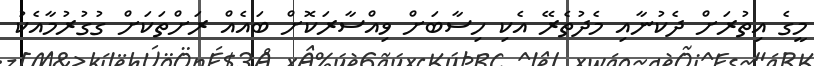
މީގެ އިތުރަށް ދެކުނާއި މެދުތެރޭ އެކި ހިސާބަަށް ވިއްސާރަކޮށް ބައެއް ރަށްތަކަށް ގުގުރުމާއެކު